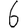
Digit: 6